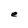
Character: e